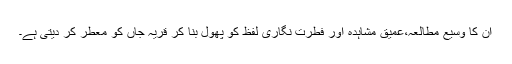
ان کا وسیع مطالعہ،عمیق مشاہدہ اور فطرت نگاری لفظ کو پھول بنا کر قریہ جاں کو معطر کر دیتی ہے۔